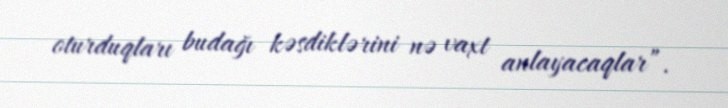
oturduqları budağı kəsdiklərini nə vaxt anlayacaqlar”.